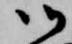
御